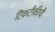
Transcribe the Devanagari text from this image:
टिकटीकीची